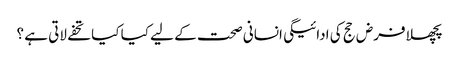
پچھلا فرض حج کی ادائیگی انسانی صحت کے لیے کیا کیا تحفے لاتی ہے ؟